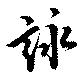
詠